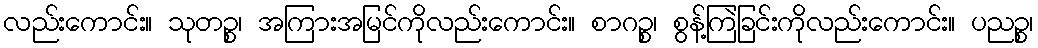
လည်းကောင်း။ သုတဉ္စ၊ အကြားအမြင်ကိုလည်းကောင်း။ စာဂဉ္စ၊ စွန့်ကြဲခြင်းကိုလည်းကောင်း။ ပညဉ္စ၊